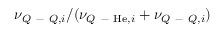
\nu _ { Q \mathrm { ~ - ~ } Q , i } / ( \nu _ { Q \mathrm { ~ - ~ } \mathrm { H e } , i } + \nu _ { Q \mathrm { ~ - ~ } Q , i } )